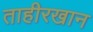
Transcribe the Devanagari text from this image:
ताहीरखान